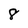
Character: 8